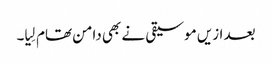
بعد ازیں موسیقی نے بھی دامن تھام لِیا۔